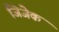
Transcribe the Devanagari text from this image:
जिजेक